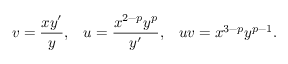
v = \frac { x y ^ { \prime } } { y } , \; \; \; u = \frac { x ^ { 2 - p } y ^ { p } } { y ^ { \prime } } , \; \; \; u v = x ^ { 3 - p } y ^ { p - 1 } .